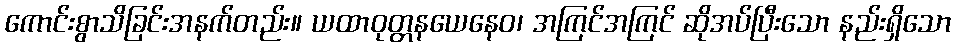
ကောင်းစွာသိခြင်းအနက်တည်း။ ယထာဝုတ္တနယေနေဝ၊ အကြင်အကြင် ဆိုအပ်ပြီးသော နည်းရှိသော